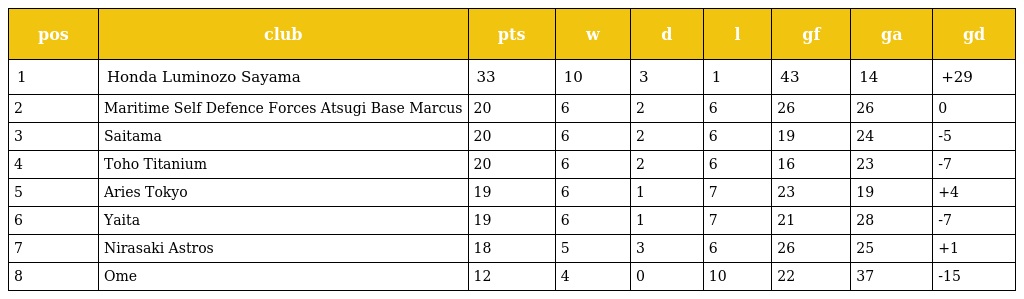
| pos | club | pts | w | d | l | gf | ga | gd |
 | --- | --- | --- | --- | --- | --- | --- | --- | --- |
 | 1 | Honda Luminozo Sayama | 33 | 10 | 3 | 1 | 43 | 14 | +29 |
 | 2 | Maritime Self Defence Forces Atsugi Base Marcus | 20 | 6 | 2 | 6 | 26 | 26 | 0 |
 | 3 | Saitama | 20 | 6 | 2 | 6 | 19 | 24 | -5 |
 | 4 | Toho Titanium | 20 | 6 | 2 | 6 | 16 | 23 | -7 |
 | 5 | Aries Tokyo | 19 | 6 | 1 | 7 | 23 | 19 | +4 |
 | 6 | Yaita | 19 | 6 | 1 | 7 | 21 | 28 | -7 |
 | 7 | Nirasaki Astros | 18 | 5 | 3 | 6 | 26 | 25 | +1 |
 | 8 | Ome | 12 | 4 | 0 | 10 | 22 | 37 | -15 |